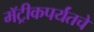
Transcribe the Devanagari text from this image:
मॅट्रीकपर्यंतचे